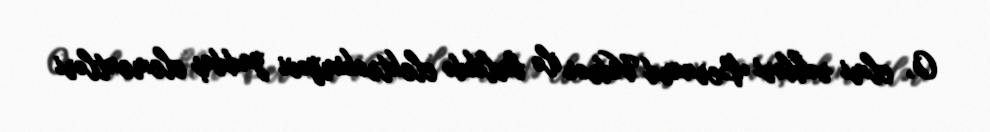
O, elmi rəhbəri Bernard Vidrou ilə birlikdə elektrokimyəvi yaddaş elementləri